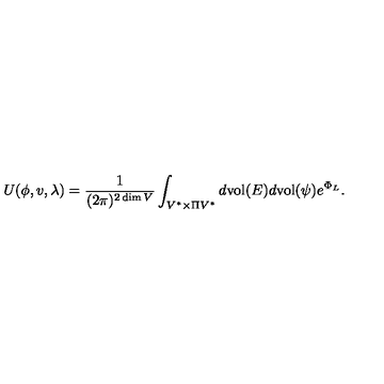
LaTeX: U ( \phi , v , \lambda ) = \frac { 1 } { ( 2 \pi ) ^ { 2 \dim V } } \int _ { V ^ { * } \times \Pi V ^ { * } } d \mathrm { v o l } ( E ) d \mathrm { v o l } ( \psi ) e ^ { \Phi _ { L } } .